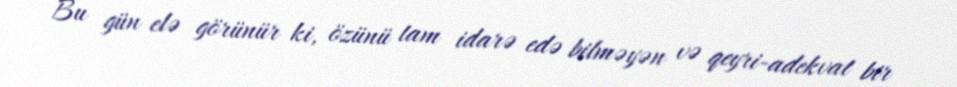
Bu gün elə görünür ki, özünü tam idarə edə bilməyən və qeyri-adekvat bir